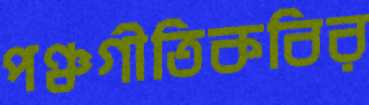
পঞ্চগীতিকবির